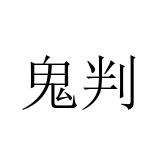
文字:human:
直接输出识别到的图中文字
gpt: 鬼判